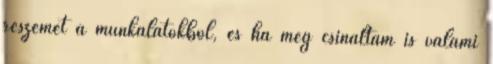
részemet a munkálatokból, és ha még csináltam is valami